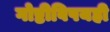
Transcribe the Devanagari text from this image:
गोष्टीविषयही